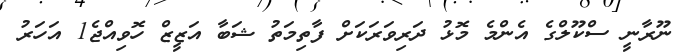
ނޫރާނީ ސްކޫލްގެ އެންމެ މޮޅު ދަރިވަރަކަށް ފާތިމަތު ޝަބާ އަޒީޒް ހޮވިއްޖެ1 އަހަރު